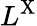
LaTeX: L^{\mathrm{X}}